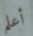
أعلم